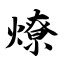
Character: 燎